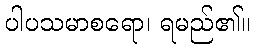
ပါပသမာစရော၊ ရမည်၏။